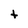
Character: t